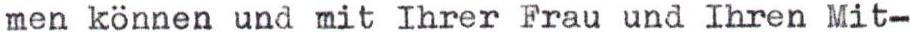
men können und mit Ihrer Frau und Ihren Mit-